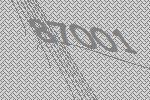
87001